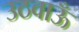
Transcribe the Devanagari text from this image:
उठवाऊँ